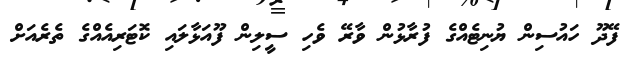
ފޭދޫ ހައުސިން ޔުނިޓެއްގެ ފުރާޅުން ވާރޭ ވެހި ސީލިން ފޫއަޅާލައި ކޮޓަރިއެއްގެ ތެރެއަށް